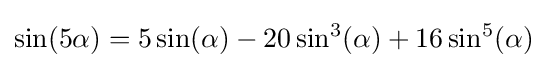
\sin(5\alpha )=5\sin(\alpha )-20\sin ^{3}(\alpha )+16\sin ^{5}(\alpha )